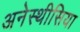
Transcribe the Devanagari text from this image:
अनेस्थीसिया